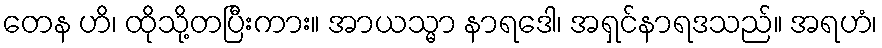
တေန ဟိ၊ ထိုသို့တပြီးကား။ အာယသ္မာ နာရဒေါ၊ အရှင်နာရဒသည်။ အရဟံ၊